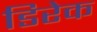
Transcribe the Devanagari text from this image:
डिरेक